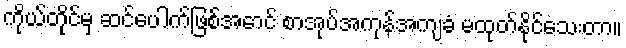
ကိုယ်တိုင်မှ ဆင်ပေါက်ဖြစ်အောင် စာအုပ်အကုန်အကျခံ မထုတ်နိုင်သေးတာ။